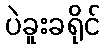
ပဲခူးခရိုင်